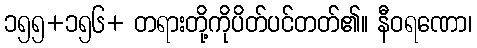
၁၅၅+၁၅၆+ တရားတို့ကိုပိတ်ပင်တတ်၏။ နီဝရဏော၊